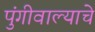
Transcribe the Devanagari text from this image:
पुंगीवाल्याचे